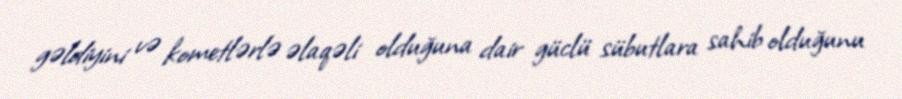
gəldiyini və kometlərlə əlaqəli olduğuna dair güclü sübutlara sahib olduğunu